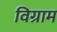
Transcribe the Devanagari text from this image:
विग्राम